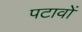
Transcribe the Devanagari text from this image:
पटावों